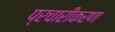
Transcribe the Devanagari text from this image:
प्रचारीकरण